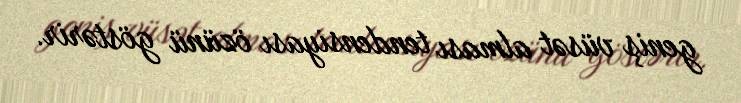
geniş vüsət alması tendensiyası özünü göstərir.